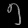
Digit: ၅